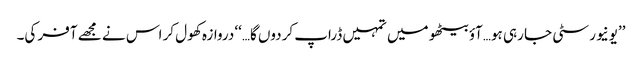
’’یونیورسٹی جا رہی ہو…آؤ بیٹھو میں تمہیں ڈراپ کردوں گا…‘‘ دروازہ کھول کر اس نے مجھے آفر کی۔